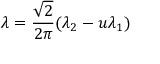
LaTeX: \lambda = \frac { \sqrt 2 } { 2 \pi } ( \lambda _ { 2 } - u \lambda _ { 1 } )